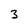
Character: 3